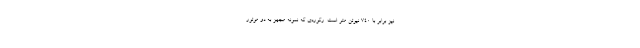
نیز برابر با 740 نیوتن متر است. رکوردی که نمونه مجهز به دو موتور